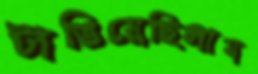
টাঙিয়েছিলাম